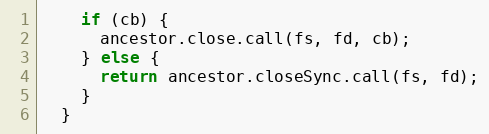
Language: JavaScript
    if (cb) {
      ancestor.close.call(fs, fd, cb);
    } else {
      return ancestor.closeSync.call(fs, fd);
    }
  }